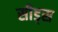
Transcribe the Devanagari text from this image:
सीड्‌स